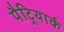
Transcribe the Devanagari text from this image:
पैट्रियार्क